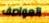
العواصف